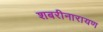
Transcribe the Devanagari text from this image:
शबरीनारायण